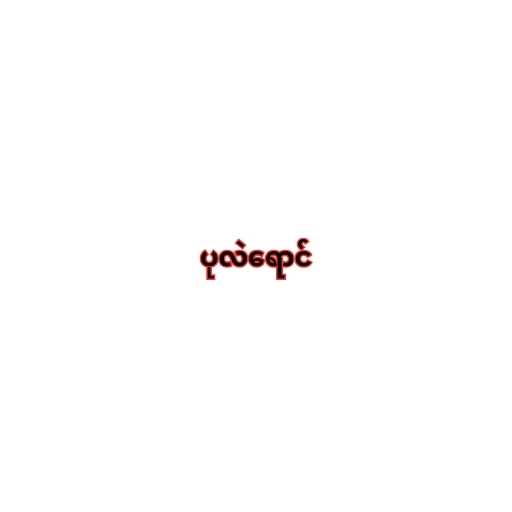
ပုလဲရောင်